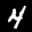
Label: 4